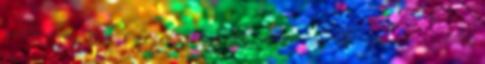
milliói rémisztik bele magukat különböző betegségekbe, valamint a halálba